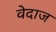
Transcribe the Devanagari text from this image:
वेदाज